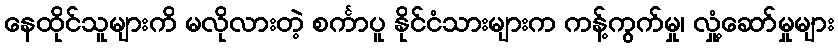
နေထိုင်သူများကိ မလိုလားတဲ့ စင်္ကာပူ နိုင်ငံသားများက ကန့်ကွက်မှု၊ လှုံ့ဆော်မှုများ